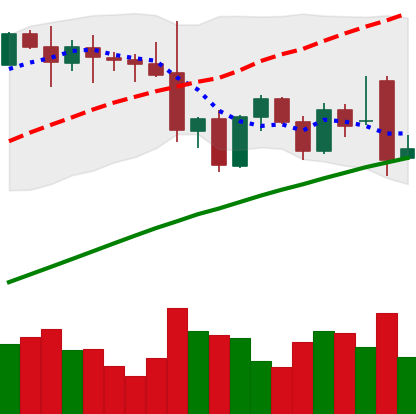
Ticker: ETH-USD
Chart end date: 2021-11-27
Forward return: 10.115%
Label: up_7plus